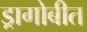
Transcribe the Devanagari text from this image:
ड्रागोबीत